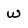
Character: w